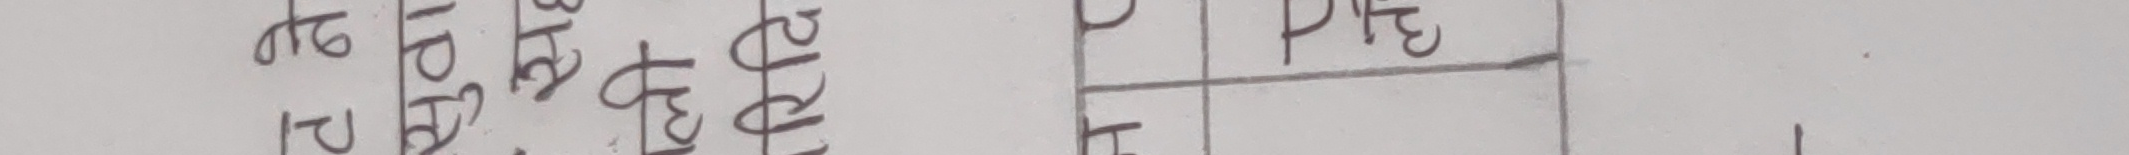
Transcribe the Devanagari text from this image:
D P ३१
२
१९
१३
२८
E
F
G
H
I